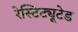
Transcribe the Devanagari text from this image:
रेस्टिट्यूटेड